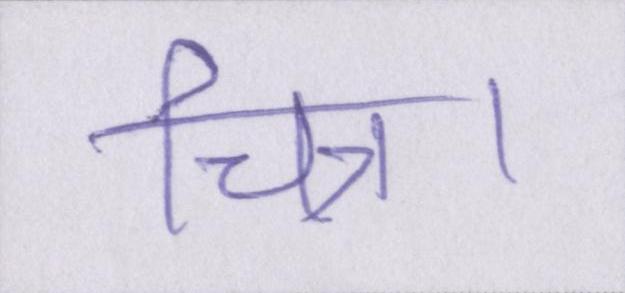
चित्र।